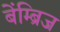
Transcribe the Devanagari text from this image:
बेंम्ब्रिज